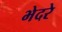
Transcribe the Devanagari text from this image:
भेदरे